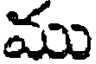
ము